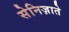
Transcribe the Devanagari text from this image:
सेनिज़ाते